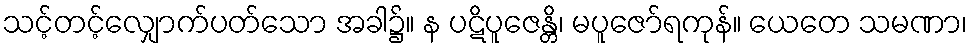
သင့်တင့်လျှောက်ပတ်သော အခါ၌။ န ပဋိပူဇေန္တိ၊ မပူဇော်ရကုန်။ ယေတေ သမဏာ၊